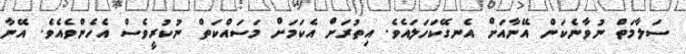
ސަލާމަތް ނުވާނެކަން އޭނާއަށް އެނގޭކަހަލައެވެ. އިތުރަށް އެކަމަށް މަސައްކަތް ނުކުރީވެސް އެހެންވެއެވެ. އޭނާ